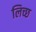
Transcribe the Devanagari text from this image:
लिच्छ